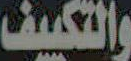
والتكييف